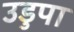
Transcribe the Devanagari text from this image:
उडुपा